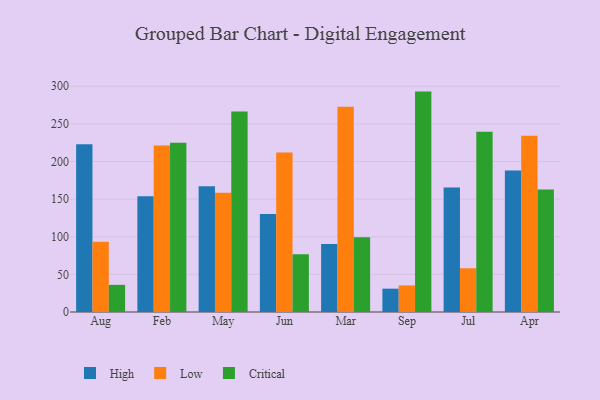
{"axis": {"x": "Month", "y": "Gross Profit (USD K)"}, "legend": ["Critical", "High", "Low"], "data": [{"x": "Aug", "y": 223.0, "type": "High"}, {"x": "Aug", "y": 93.3, "type": "Low"}, {"x": "Aug", "y": 36.1, "type": "Critical"}, {"x": "Feb", "y": 153.8, "type": "High"}, {"x": "Feb", "y": 221.3, "type": "Low"}, {"x": "Feb", "y": 225.0, "type": "Critical"}, {"x": "May", "y": 167.1, "type": "High"}, {"x": "May", "y": 158.5, "type": "Low"}, {"x": "May", "y": 266.5, "type": "Critical"}, {"x": "Jun", "y": 130.4, "type": "High"}, {"x": "Jun", "y": 212.1, "type": "Low"}, {"x": "Jun", "y": 76.8, "type": "Critical"}, {"x": "Mar", "y": 90.3, "type": "High"}, {"x": "Mar", "y": 272.7, "type": "Low"}, {"x": "Mar", "y": 99.4, "type": "Critical"}, {"x": "Sep", "y": 31.0, "type": "High"}, {"x": "Sep", "y": 35.3, "type": "Low"}, {"x": "Sep", "y": 292.9, "type": "Critical"}, {"x": "Jul", "y": 165.4, "type": "High"}, {"x": "Jul", "y": 58.1, "type": "Low"}, {"x": "Jul", "y": 239.5, "type": "Critical"}, {"x": "Apr", "y": 188.0, "type": "High"}, {"x": "Apr", "y": 234.1, "type": "Low"}, {"x": "Apr", "y": 162.8, "type": "Critical"}]}